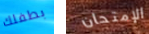
بطفلك الإمتحان